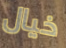
خيال